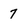
Character: 7